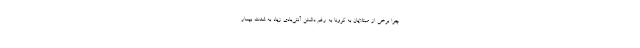
چرا برخی از مبتلایان به کرونا به رغم داشتن آنتی‌بادی زیاد به شدت بیمار